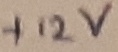
Text: +743